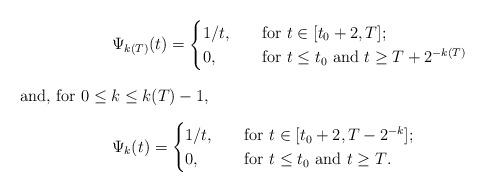
LaTeX: \begin{align*}&\Psi_{k(T)}(t)=\begin{cases}1/t, & \quad\mbox{for $t\in[t_0+2,T]$;}\\0, & \quad\mbox{for $t\le t_0$ and $t\ge T+2^{-k(T)}$}\end{cases}\intertext{and, for $0\le k\le k(T)-1$,}&\Psi_{k}(t)=\begin{cases}1/t, & \quad\mbox{for $t\in[t_0+2,T-2^{-k}]$;}\\0, & \quad\mbox{for $t\le t_0$ and $t\ge T$.}\end{cases}\end{align*}